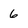
Character: 6